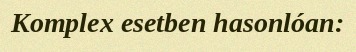
Komplex esetben hasonlóan: